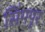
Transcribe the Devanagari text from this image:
सिंगपूर